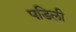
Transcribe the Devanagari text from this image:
पडिली